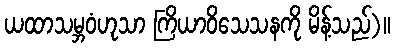
ယထာသမ္ဘဝံဟုသာ ကြိယာဝိသေသနကို မိန့်သည်)။